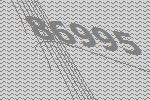
86995